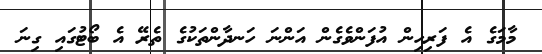
މާމަގެ އެ ފަރިހިން އުފަންވެގެން އަންނަ ހަނދާންތަކުގެ ތެރޭ އެ ބޯޓުގައި ގިނަ